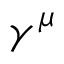
\gamma ^ { \mu }